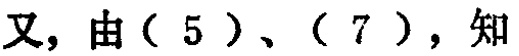
又, 由（5）、（7），知